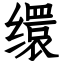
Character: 缳